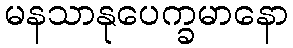
မနသာနုပေက္ခမာနော